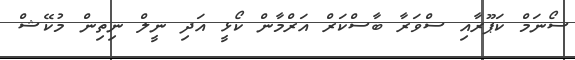
ސޯނަމް ކަޕޫރާއި ސްވަރާ ބާސްކަރް އަރްމާން ކޯޅީ އަދި ނީލް ނިތިން މުކޭޝް